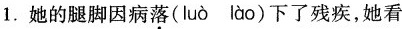
1.她的腿脚因病落( luò lào )下了残疾，她看